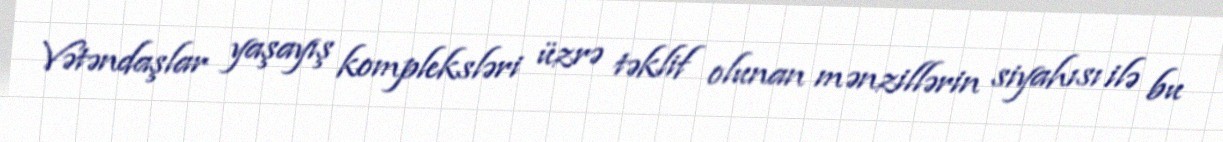
Vətəndaşlar yaşayış kompleksləri üzrə təklif olunan mənzillərin siyahısı ilə bu